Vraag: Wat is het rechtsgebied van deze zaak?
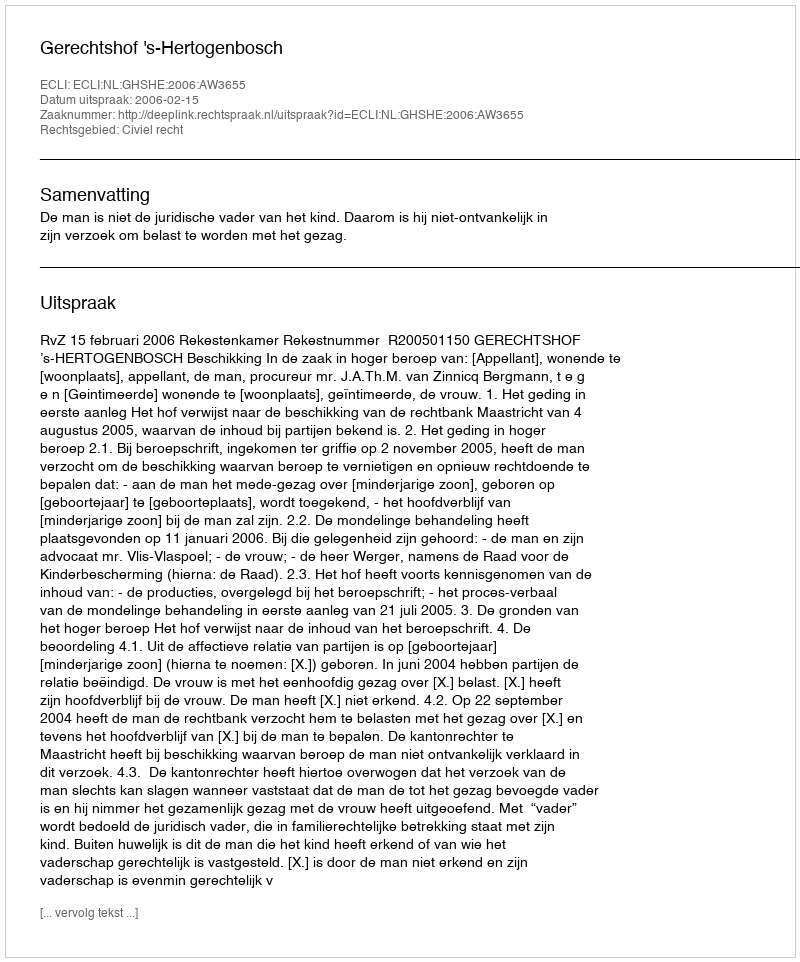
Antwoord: Civiel recht